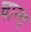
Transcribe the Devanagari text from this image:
चान्‍द